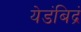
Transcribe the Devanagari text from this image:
येडंबिद्रं